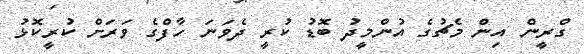
ގްރީން އިން މެޗުގެ އުންމީދު ބޮޑު ކުރީ ދެވަނަ ހާފްގެ ވަރަށް ކުރީކޮޅު